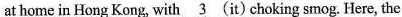
at home in Hong Kong, with \underline{3} (it) choking smog. Here, the